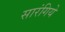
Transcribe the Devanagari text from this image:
सारंगिये